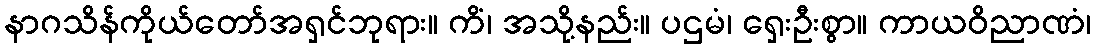
နာဂသိန်ကိုယ်တော်အရှင်ဘုရား။ ကိံ၊ အသို့နည်း။ ပဌမံ၊ ရှေးဦးစွာ။ ကာယဝိညာဏံ၊